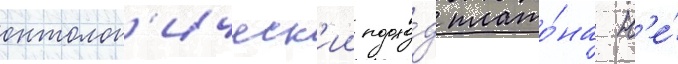
онтолог'ическ'ии подхо́д плато́на н'е́